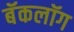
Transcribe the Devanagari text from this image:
बॅकलॉग